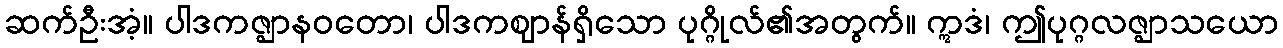
ဆက်ဦးအံ့။ ပါဒကဇ္ဈာနဝတော၊ ပါဒကဈာန်ရှိသော ပုဂ္ဂိုလ်၏အတွက်။ ဣဒံ၊ ဤပုဂ္ဂလဇ္ဈာသယော